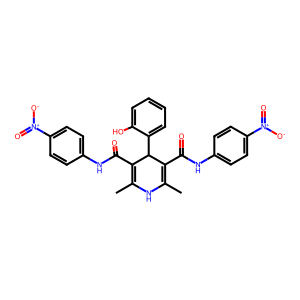
SMILES: CC1=C(C(=O)Nc2ccc([N+](=O)[O-])cc2)C(c2ccccc2O)C(C(=O)Nc2ccc([N+](=O)[O-])cc2)=C(C)N1
Inhibits HIV replication: No